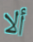
ألا